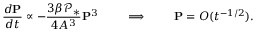
{ \frac { d \mathbf { P } } { d t } } \propto - { \frac { 3 \beta \mathcal { P } _ { * } } { 4 A ^ { 3 } } } \mathbf { P } ^ { 3 } \qquad \implies \qquad \mathbf { P } = O ( t ^ { - 1 / 2 } ) .